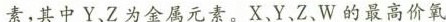
素，其中Y、Z为金属元素。X、Y Z、W的最高价氧